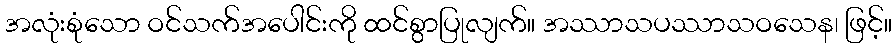
အလုံးစုံသော ဝင်သက်အပေါင်းကို ထင်စွာပြုလျက်။ အဿာသပဿာသဝသေန၊ ဖြင့်။